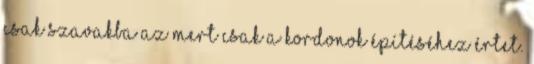
csak szavakba az mert csak a kordonok építéséhez értet.